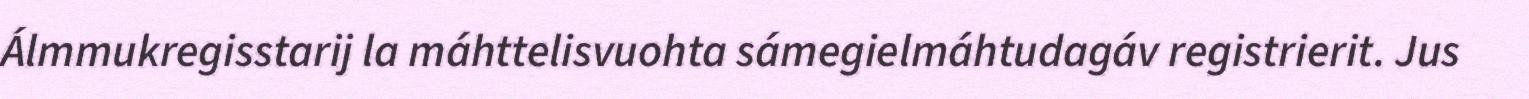
Álmmukregisstarij la máhttelisvuohta sámegielmáhtudagáv registrierit. Jus